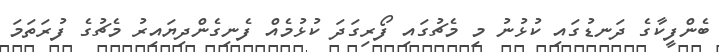
ބެންފީކާގެ ދަނޑުގައި ކުޅުނު މި މެޗުގައި ފޯރިގަދަ ކުޅުމެއް ފެނިގެންދިޔައިރު މެޗުގެ ފުރަތަމަ